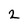
Character: 2